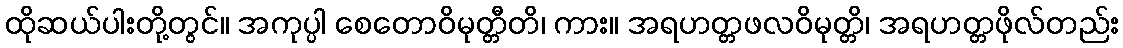
ထိုဆယ်ပါးတို့တွင်။ အကုပ္ပါ စေတောဝိမုတ္တီတိ၊ ကား။ အရဟတ္တဖလဝိမုတ္တိ၊ အရဟတ္တဖိုလ်တည်း